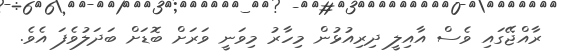
ރާއްޖޭގައި ވެސް އާއިލީ ދިރިއުޅުން މިހާރު މިވަނީ ވަރަށް ބޮޑަށް ބަދަލުވެފަ އެވެ.